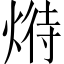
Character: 𤋵